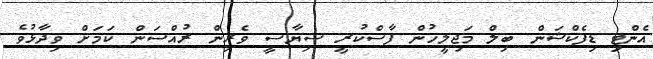
އެންޓި ޑިފެކްޝަން ބިލް މަޖިލީހުން ފާސްކުރީ ސިޔާސީ ވެރިން ރުއްސަން ކަމަށް ވިދާޅުވެ